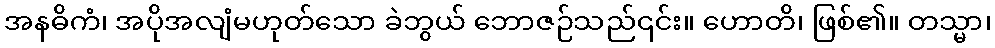
အနဓိကံ၊ အပိုအလျံမဟုတ်သော ခဲဘွယ် ဘောဇဉ်သည်၎င်း။ ဟောတိ၊ ဖြစ်၏။ တသ္မာ၊